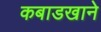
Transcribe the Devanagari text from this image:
कबाडखाने